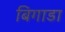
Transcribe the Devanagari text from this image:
बिगाडा